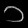
Digit: ၁